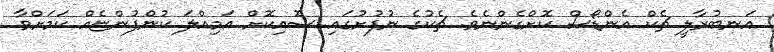
އަނބުރާލީ ޗެކް އެންޑޯސް ކޮށްގެންނެވެ. ޗެކުގެ ނުފުށުގައި ސޮއިކޮށް އަމިއްލަ ކުންފުންޏެއް ކަމަށްވާ